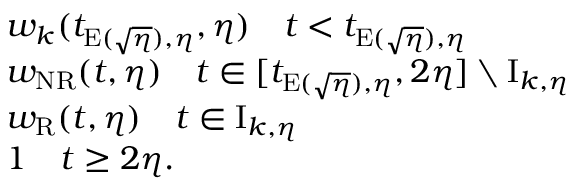
\begin{array} { r l } & { w _ { k } ( t _ { \mathrm { E } ( \sqrt { \eta } ) , \eta } , \eta ) \quad t < t _ { \mathrm { E } ( \sqrt { \eta } ) , \eta } } \\ & { w _ { \mathrm { N R } } ( t , \eta ) \quad t \in [ t _ { \mathrm { E } ( \sqrt { \eta } ) , \eta } , 2 \eta ] \setminus \mathrm { I } _ { k , \eta } } \\ & { w _ { \mathrm { R } } ( t , \eta ) \quad t \in \mathrm { I } _ { k , \eta } } \\ & { 1 \quad t \geq 2 \eta . } \end{array}